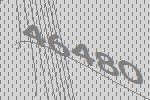
46480